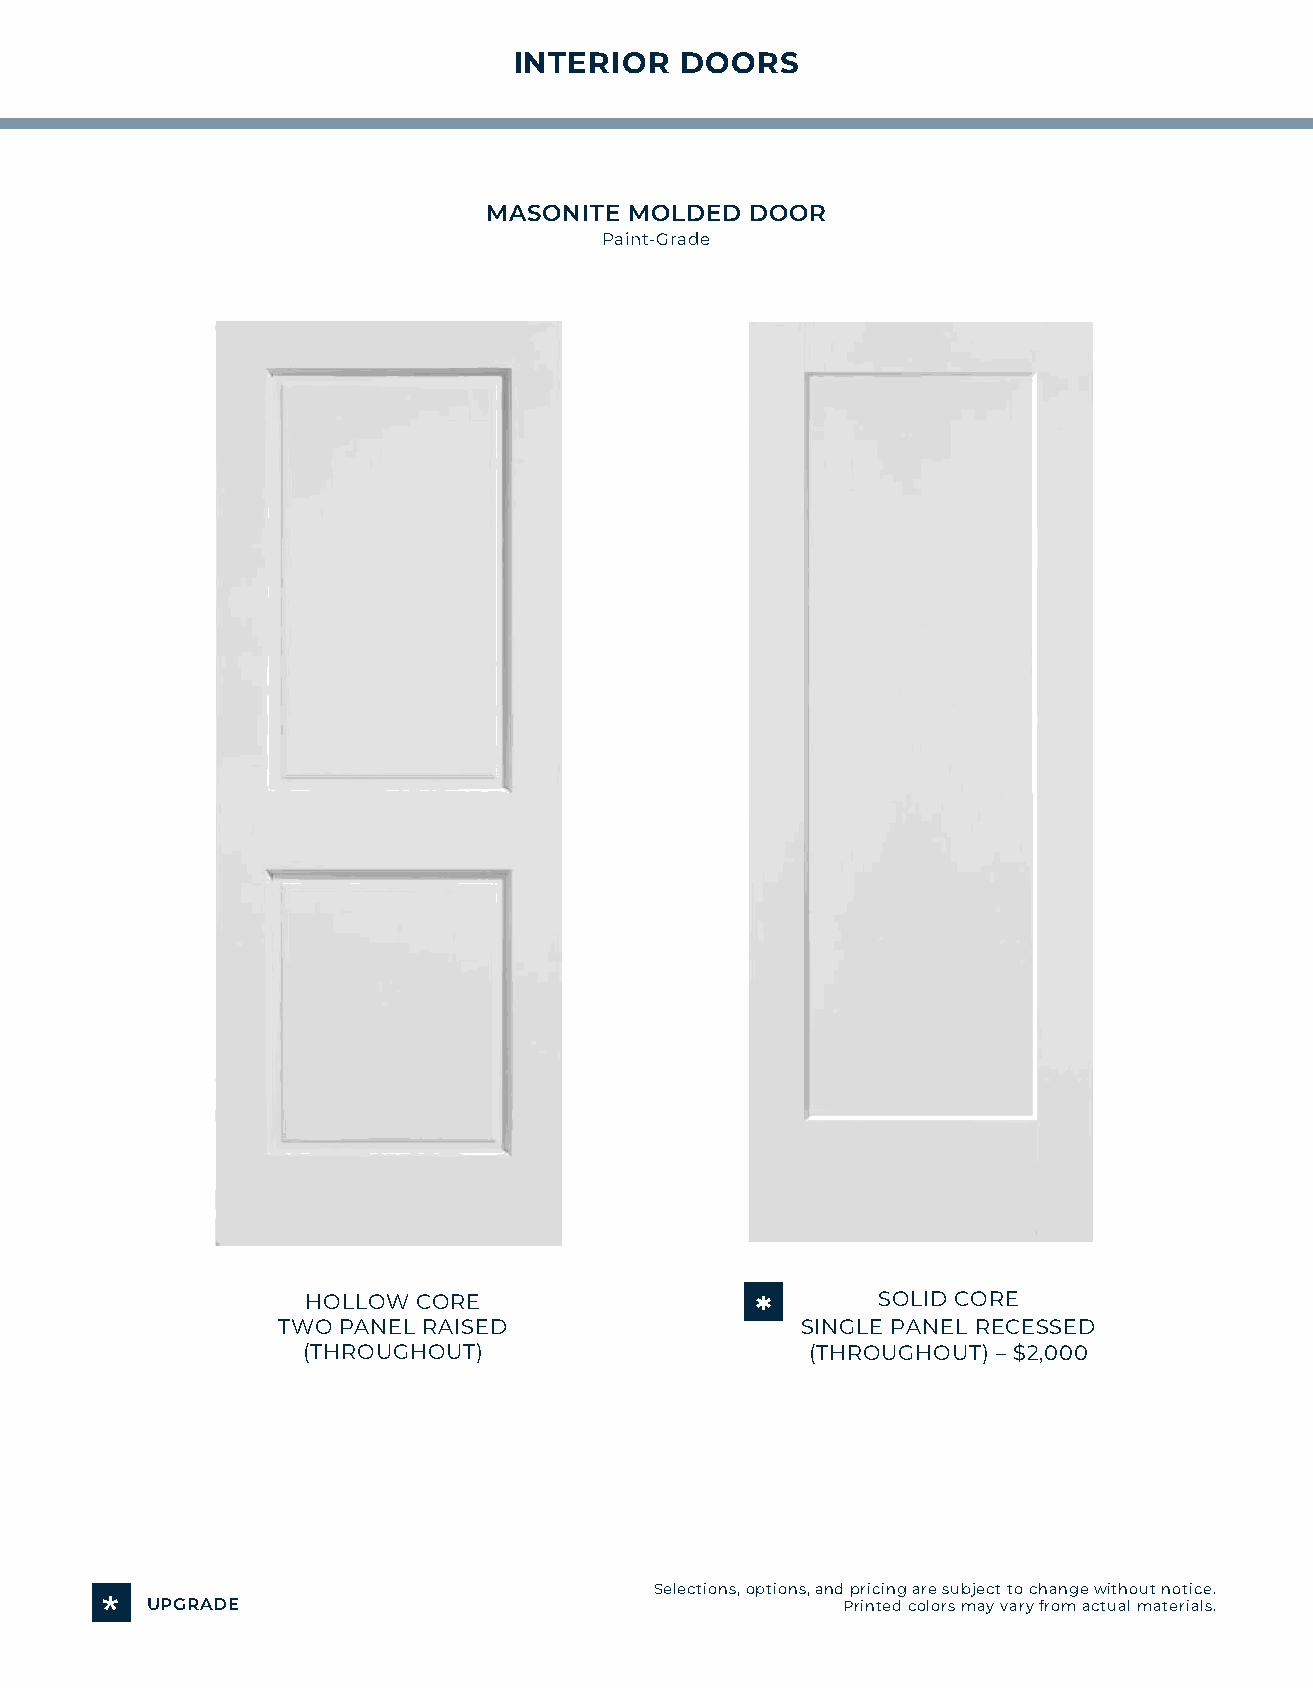
INTERIOR   DOORS
 MASONITE  MOLDED  DOOR
 Paint-Grade
 HOLLOW  CORE                  *       SOLID CORE
 TWO PANEL RAISED                   SINGLE PANEL RECESSED
 (THROUGHOUT)                      (THROUGHOUT) – $2,000
 Selections, options, and pricing are subject to change without notice.
 *  UPGRADE                                       Printed colors may vary from actual materials.